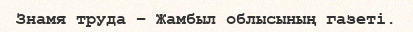
Знамя труда – Жамбыл облысының газеті.